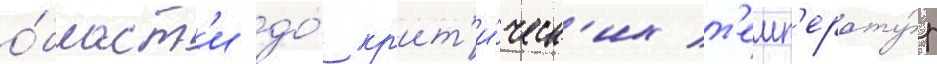
о́бласт'и до́ кр'ит'и́ческ'их т'емп'ерату́р